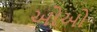
ઓઓ